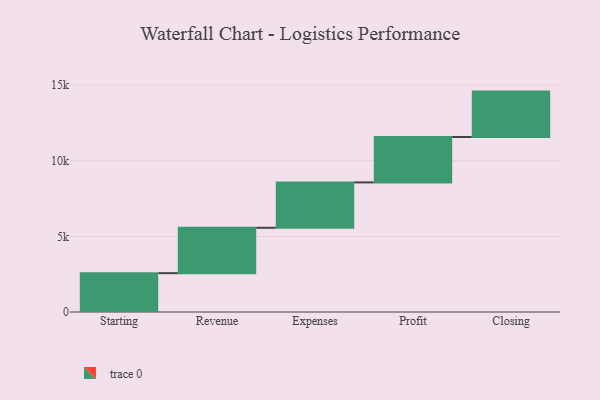
{"axis": {"x": "Step", "y": "Value"}, "legend": [""], "data": [{"x": "Starting", "y": 2566.0, "type": ""}, {"x": "Revenue", "y": 3000, "type": ""}, {"x": "Expenses", "y": 3000, "type": ""}, {"x": "Profit", "y": 3000, "type": ""}, {"x": "Closing", "y": 3000, "type": ""}]}